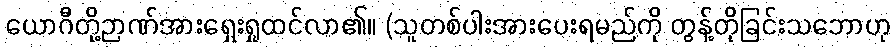
ယောဂီတို့ဉာဏ်အားရှေးရှုထင်လာ၏။ (သူတစ်ပါးအားပေးရမည်ကို တွန့်တိုခြင်းသဘောဟု